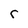
Character: r